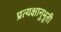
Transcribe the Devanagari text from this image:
प्रत्यक्षानुभूती